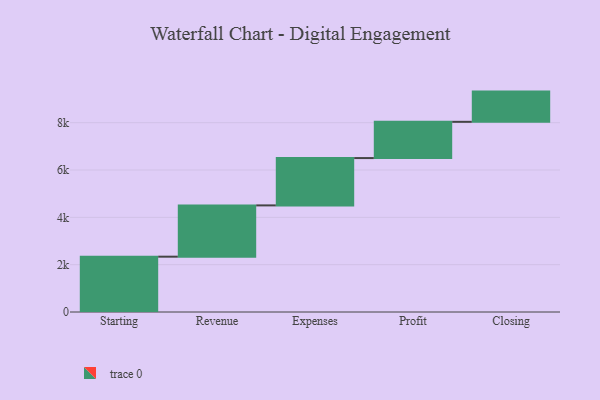
{"axis": {"x": "Step", "y": "Value"}, "legend": [""], "data": [{"x": "Starting", "y": 2338.0, "type": ""}, {"x": "Revenue", "y": 2167.0, "type": ""}, {"x": "Expenses", "y": 2000.0, "type": ""}, {"x": "Profit", "y": 1532.0, "type": ""}, {"x": "Closing", "y": 1277.0, "type": ""}]}